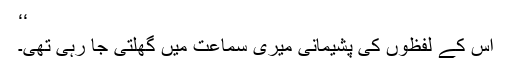
‘‘
اس کے لفظوں کی پشیمانی میری سماعت میں گھلتی جا رہی تھی۔